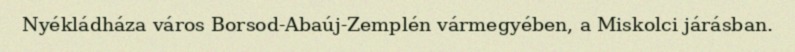
Nyékládháza város Borsod-Abaúj-Zemplén vármegyében, a Miskolci járásban.